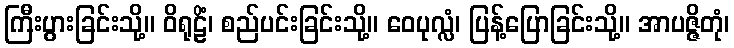
ကြီးပွားခြင်းသို့။ ဝိရုဠိံ၊ စည်ပင်းခြင်းသို့။ ဝေပုလ္လံ၊ ပြန့်ပြောခြင်းသို့။ အာပဇ္ဇိတုံ၊